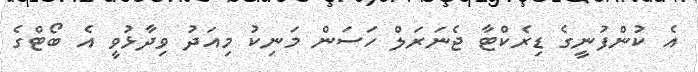
އެ ކުންފުނީގެ ޑިރެކްޓާ ޖެނަރަލް ހަސަން މަނިކު މިއަދު ވިދާޅުވީ އެ ބޯޓްގެ